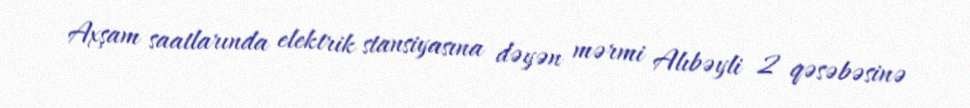
Axşam saatlarında elektrik stansiyasına dəyən mərmi Alıbəyli 2 qəsəbəsinə